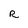
Character: R